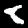
Label: 8